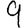
Digit: 9